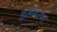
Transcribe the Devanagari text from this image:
इलेमरण